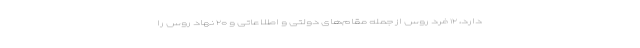
دارد، ۱۲ فرد روس از جمله مقام‌های دولتی و اطلاعاتی و ۲۰ نهاد روس را